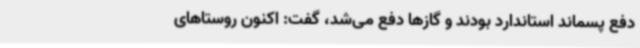
دفع پسماند استاندارد بودند و گازها دفع می‌شد، گفت: اکنون روستاهای